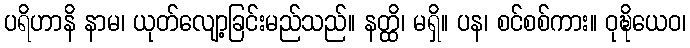
ပရိဟာနိ နာမ၊ ယုတ်လျော့ခြင်းမည်သည်။ နတ္ထိ၊ မရှိ။ ပန၊ စင်စစ်ကား။ ဝုဍ္ဎိယေဝ၊